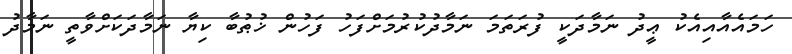
ހަމައެއާއިއެކު ޢީދު ނަމާދަކީ ފުރަތަމަ ނަމާދުކުރުމަށްފަހު ފަހުން ޚުޠުބާ ކިޔާ ނަމާދަކަށްވާތީ ނަމާދު